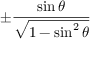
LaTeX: \pm { \frac { \sin \theta } { \sqrt { 1 - \sin ^ { 2 } \theta } } }